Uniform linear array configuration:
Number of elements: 24
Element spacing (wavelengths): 0.75
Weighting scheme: blackman
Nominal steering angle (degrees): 15
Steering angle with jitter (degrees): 14.544
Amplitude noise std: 0.05
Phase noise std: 0.05

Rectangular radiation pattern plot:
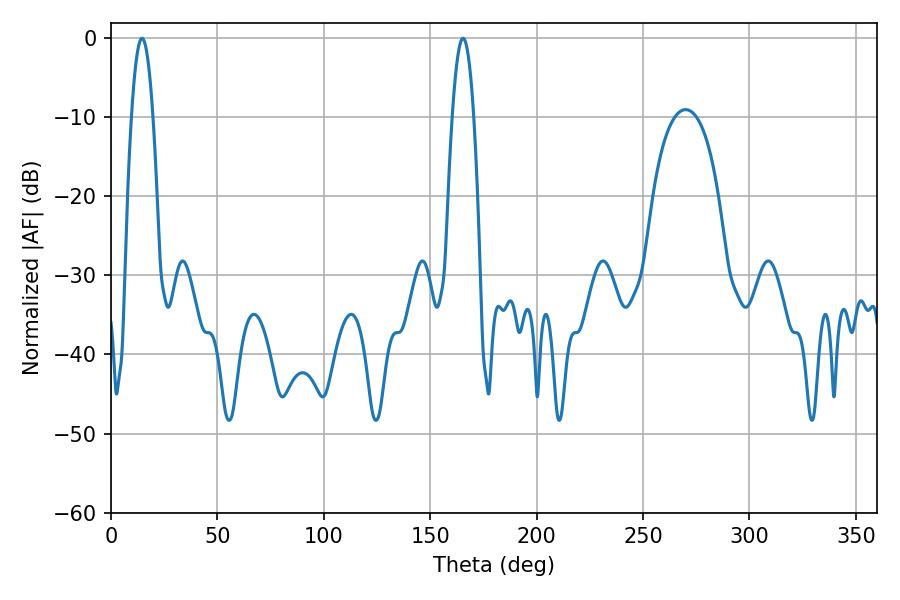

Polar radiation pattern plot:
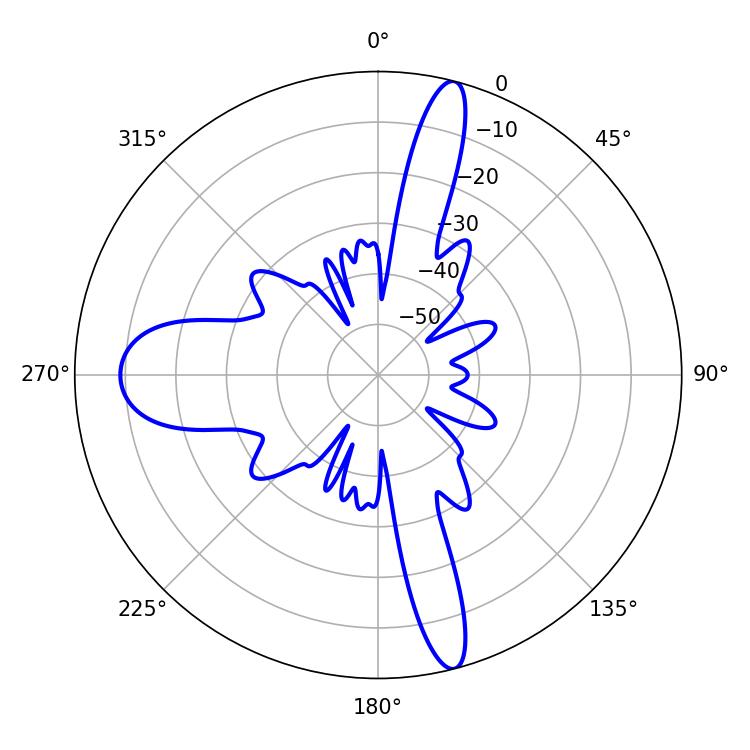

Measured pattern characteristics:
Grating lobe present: TRUE
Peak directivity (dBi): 21.804
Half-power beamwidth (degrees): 5.4
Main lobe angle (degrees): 14.58